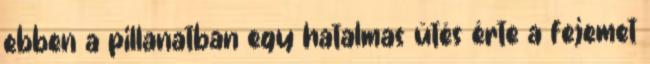
ebben a pillanatban egy hatalmas ütés érte a fejemet